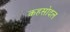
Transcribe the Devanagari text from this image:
कहसोदल